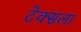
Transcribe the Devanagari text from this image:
टेक्सला